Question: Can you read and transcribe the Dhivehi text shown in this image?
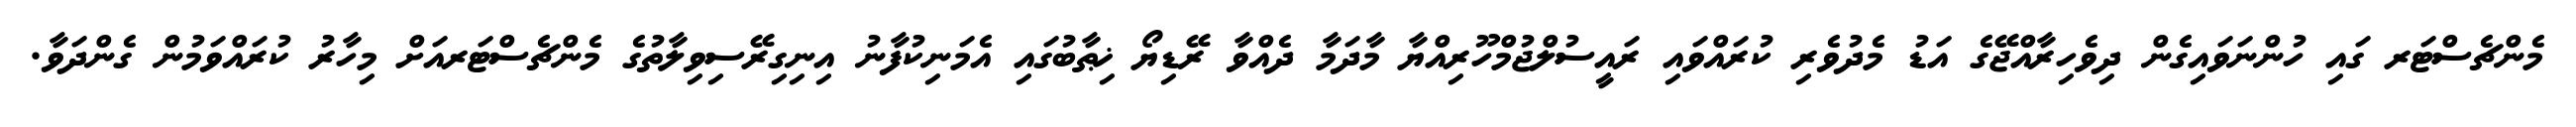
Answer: މެންޗެސްޓަރ ގައި ހުންނަވައިގެން ދިވެހިރާއްޖޭގެ އަޑު މެދުވެރި ކުރައްވައި ރައީސުލްޖުމްހޫރިއްޔާ މާދަމާ ދެއްވާ ރޭޑިޔޯ ޚިޠާބުގައި އެމަނިކުފާނު އިނިގިރޭސިވިލާތުގެ މެންޗެސްޓަރއަށް މިހާރު ކުރައްވަމުން ގެންދަވާ.